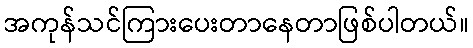
အကုန်သင်ကြားပေးတာနေတာဖြစ်ပါတယ်။